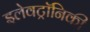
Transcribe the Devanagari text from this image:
इलेवट्रॉनिकी